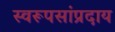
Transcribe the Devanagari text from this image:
स्वरूपसांप्रदाय